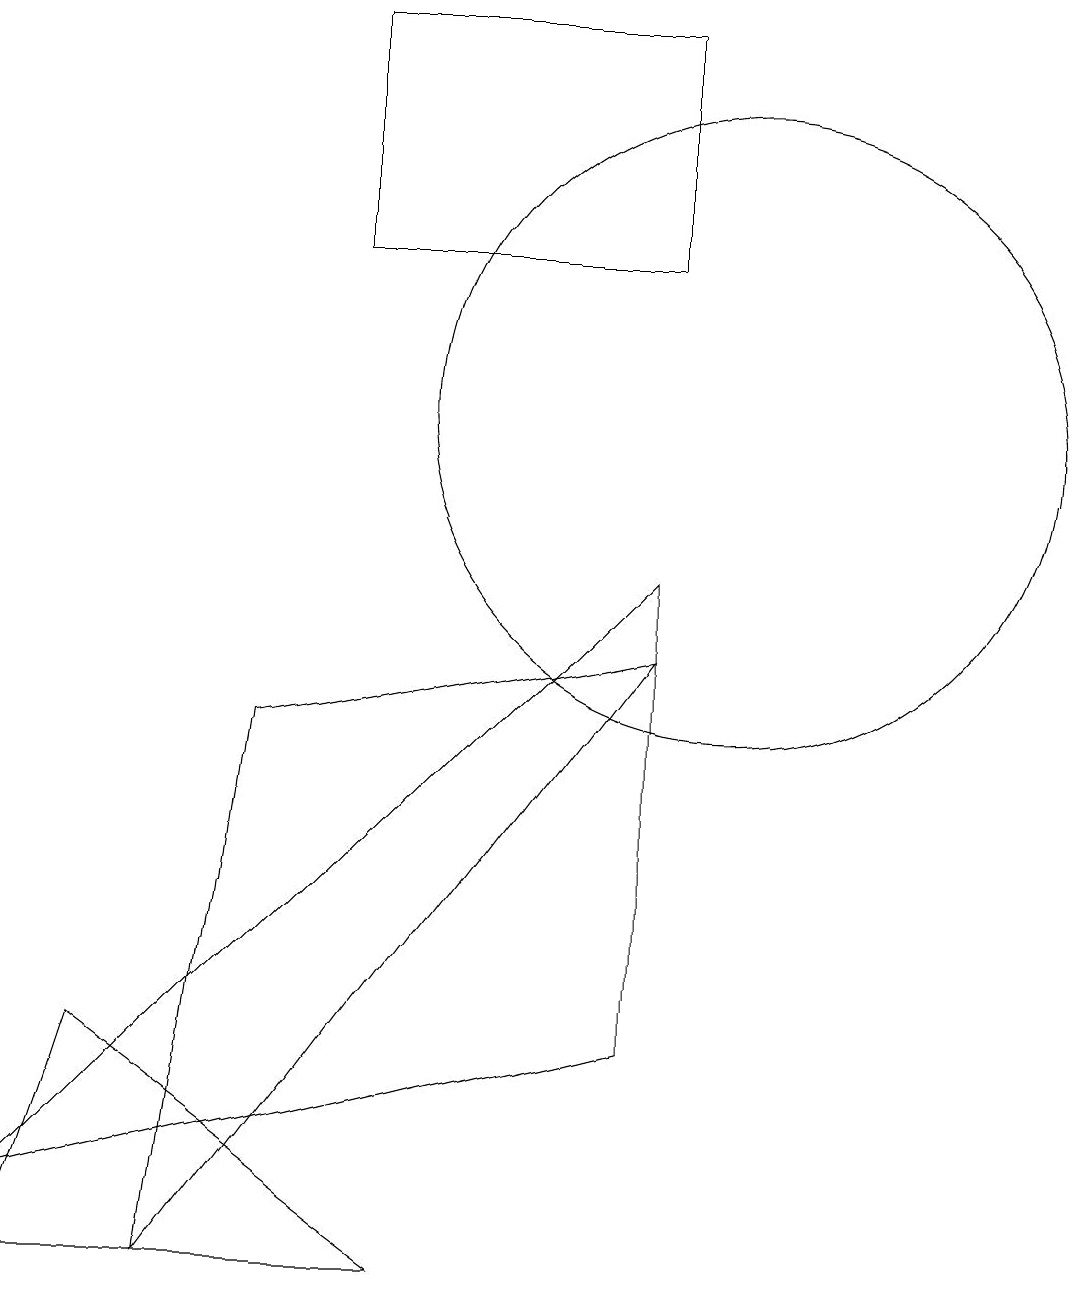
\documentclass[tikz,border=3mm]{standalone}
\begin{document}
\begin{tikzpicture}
\draw (9,9) -- (1,1) -- (9,3) -- cycle;
\draw (1,0) -- (6,0) -- (2,3) -- cycle;
\draw (3,0) -- (9,8) -- (4,7) -- cycle;
\draw (10,11) circle (4);
\draw (9,13) rectangle (5,16);
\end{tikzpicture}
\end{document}